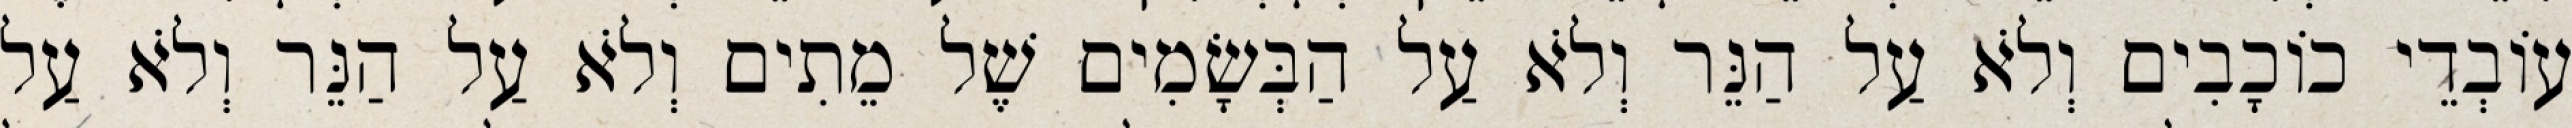
עוֹבְדֵי כוֹכָבִים וְלֹא עַל הַנֵּר וְלֹא עַל הַבְּשָׂמִים שֶׁל מֵתִים וְלֹא עַל הַנֵּר וְלֹא עַל